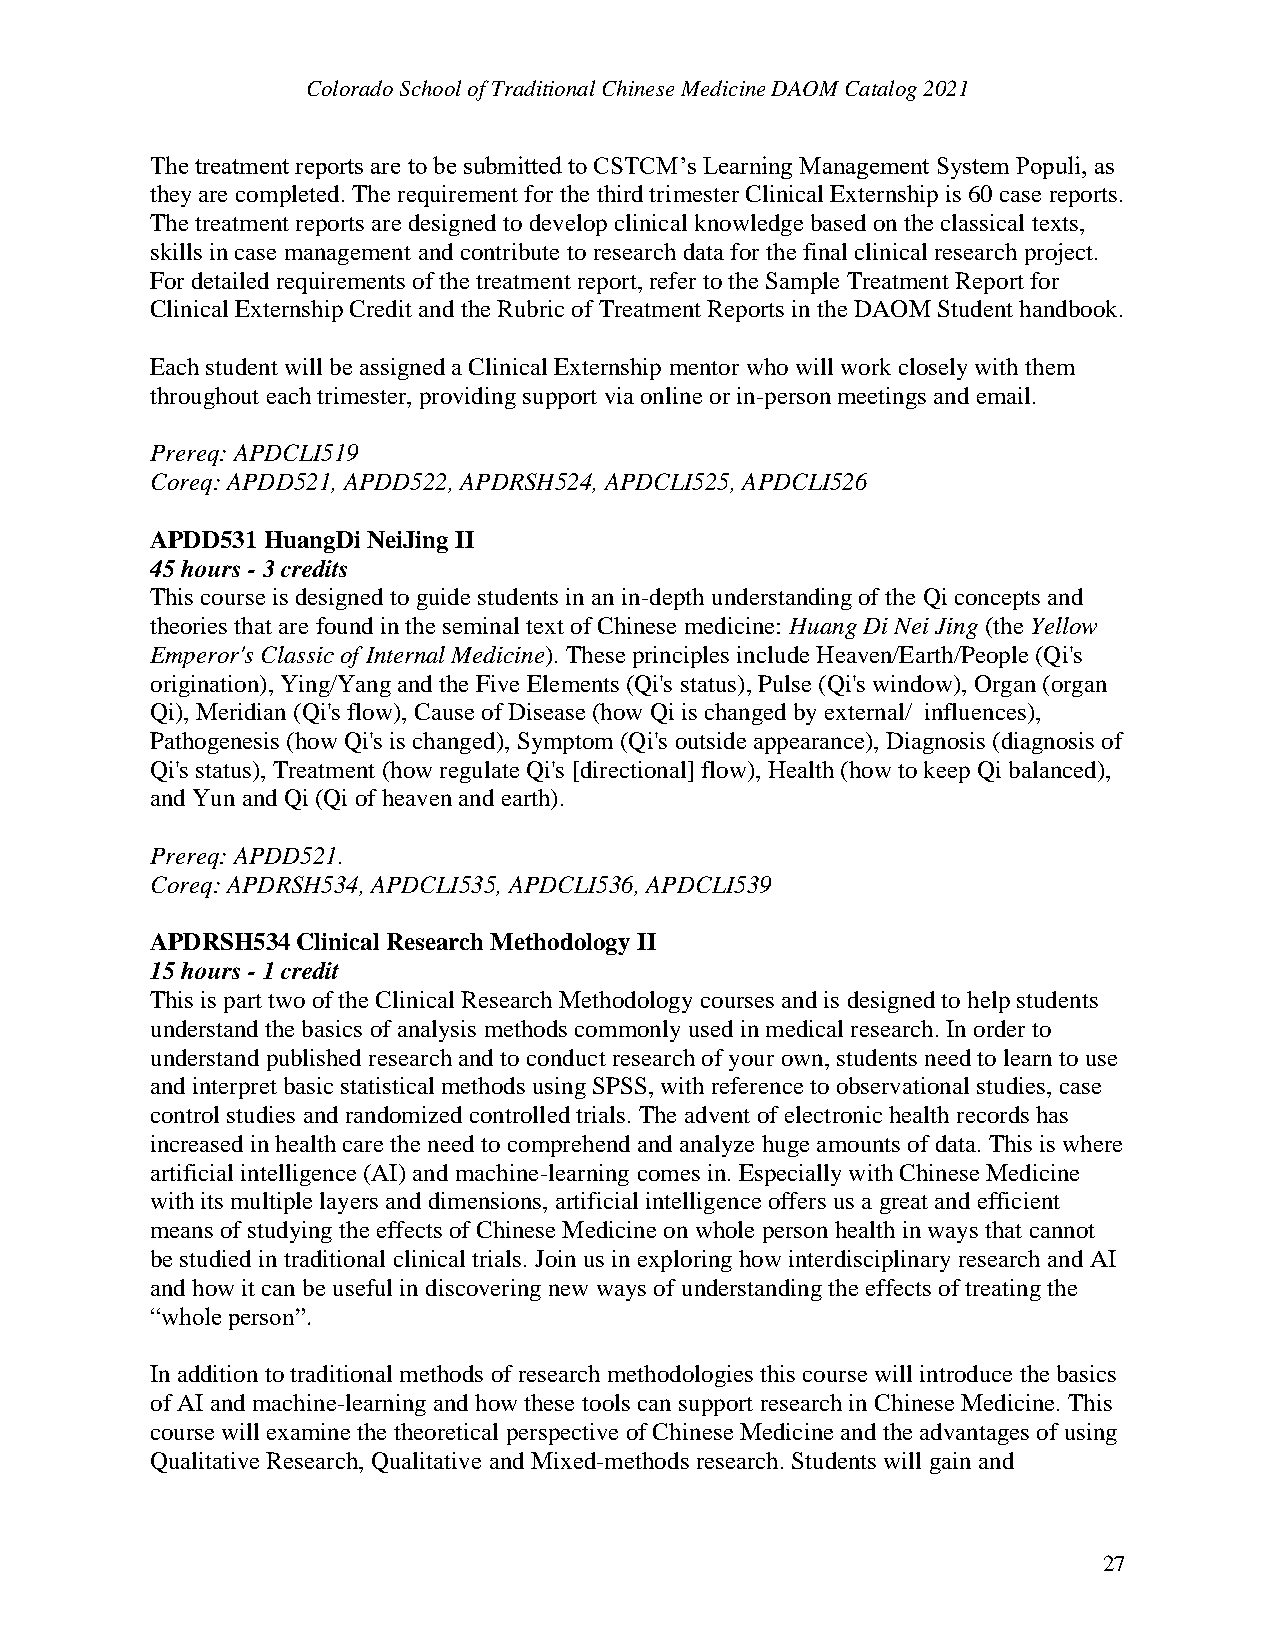
Colorado School of Traditional Chinese Medicine DAOM Catalog 2021
 The treatment reports are to be submitted to CSTCM’s Learning Management System Populi, as
 they are completed. The requirement for the third trimester Clinical Externship is 60 case reports.
 The treatment reports are designed to develop clinical knowledge based on the classical texts,
 skills in case management and contribute to research data for the final clinical research project.
 For detailed requirements of the treatment report, refer to the Sample Treatment Report for
 Clinical Externship Credit and the Rubric of Treatment Reports in the DAOM Student handbook.
 Each student will be assigned a Clinical Externship mentor who will work closely with them
 throughout each trimester, providing support via online or in-person meetings and email.
 Prereq: APDCLI519
 Coreq: APDD521, APDD522, APDRSH524, APDCLI525, APDCLI526
 APDD531 HuangDi NeiJing II
 45 hours - 3 credits
 This course is designed to guide students in an in-depth understanding of the Qi concepts and
 theories that are found in the seminal text of Chinese medicine: Huang Di Nei Jing (the Yellow
 Emperor's Classic of Internal Medicine). These principles include Heaven/Earth/People (Qi's
 origination), Ying/Yang and the Five Elements (Qi's status), Pulse (Qi's window), Organ (organ
 Qi), Meridian (Qi's flow), Cause of Disease (how Qi is changed by external/ influences),
 Pathogenesis (how Qi's is changed), Symptom (Qi's outside appearance), Diagnosis (diagnosis of
 Qi's status), Treatment (how regulate Qi's [directional] flow), Health (how to keep Qi balanced),
 and Yun and Qi (Qi of heaven and earth).
 Prereq: APDD521.
 Coreq: APDRSH534, APDCLI535, APDCLI536, APDCLI539
 APDRSH534 Clinical Research Methodology II
 15 hours - 1 credit
 This is part two of the Clinical Research Methodology courses and is designed to help students
 understand the basics of analysis methods commonly used in medical research. In order to
 understand published research and to conduct research of your own, students need to learn to use
 and interpret basic statistical methods using SPSS, with reference to observational studies, case
 control studies and randomized controlled trials. The advent of electronic health records has
 increased in health care the need to comprehend and analyze huge amounts of data. This is where
 artificial intelligence (AI) and machine-learning comes in. Especially with Chinese Medicine
 with its multiple layers and dimensions, artificial intelligence offers us a great and efficient
 means of studying the effects of Chinese Medicine on whole person health in ways that cannot
 be studied in traditional clinical trials. Join us in exploring how interdisciplinary research and AI
 and how it can be useful in discovering new ways of understanding the effects of treating the
 “whole person”.
 In addition to traditional methods of research methodologies this course will introduce the basics
 of AI and machine-learning and how these tools can support research in Chinese Medicine. This
 course will examine the theoretical perspective of Chinese Medicine and the advantages of using
 Qualitative Research, Qualitative and Mixed-methods research. Students will gain and
 27